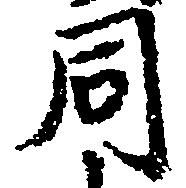
同